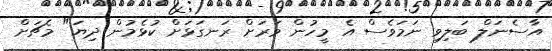
އާސެނަލް ބަލިވި ނަމަވެސް އެ މީހުން ވަރަށް ރަނގަޅަށް ކުޅެމުން ދިޔަ" މެޗަށް